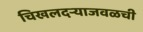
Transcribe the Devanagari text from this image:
चिखलदऱ्याजवळची